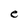
Character: e